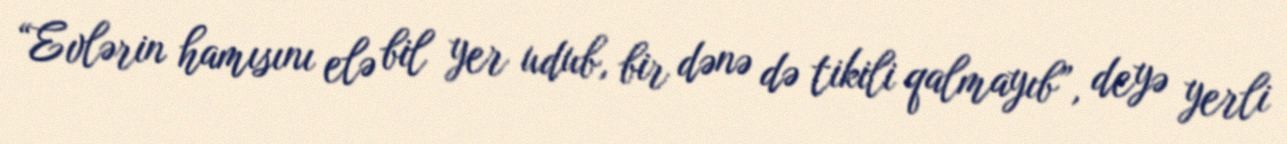
“Evlərin hamısını elə bil yer udub, bir dənə də tikili qalmayıb”, deyə yerli